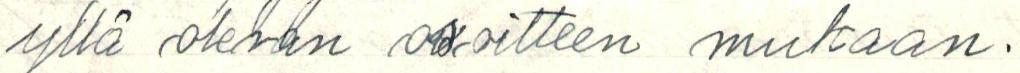
yllä olevan osoitteen mukaan.